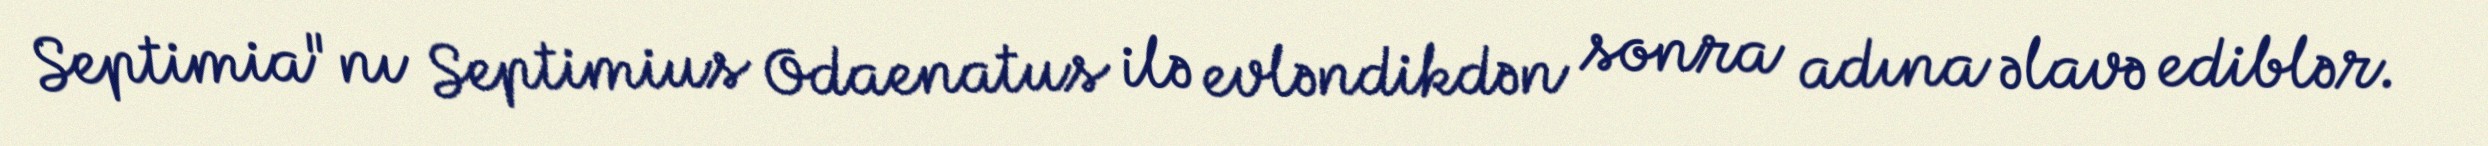
Septimia"nı Septimius Odaenatus ilə evləndikdən sonra adına əlavə ediblər.